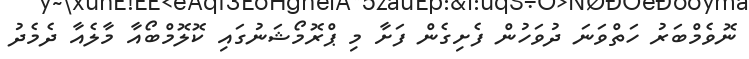
ނޮވެމްބަރު ހަތްވަނަ ދުވަހުން ފެށިގެން ފަށާ މި ޕްރޮމޯޝަނުގައި ކޮލޮމްބޯއާ މާލެއާ ދެމެދު